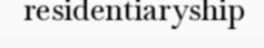
residentiaryship